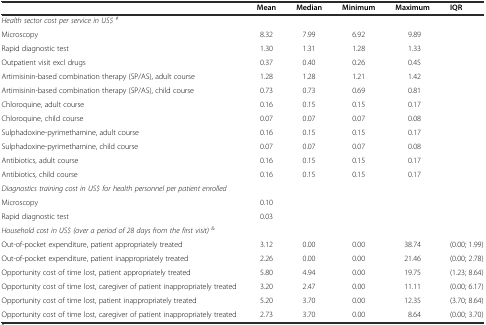
<table><thead><tr><td></td><td><b>Mean</b></td><td><b>Median</b></td><td><b>Minimum</b></td><td><b>Maximum</b></td><td><b>IQR</b></td></tr></thead><tbody><tr><td><i>Health sector cost per service in US$</i><sup><i>#</i></sup></td><td></td><td></td><td></td><td></td><td></td></tr><tr><td>Microscopy</td><td>8.32</td><td>7.99</td><td>6.92</td><td>9.89</td><td></td></tr><tr><td>Rapid diagnostic test</td><td>1.30</td><td>1.31</td><td>1.28</td><td>1.33</td><td></td></tr><tr><td>Outpatient visit excl drugs</td><td>0.37</td><td>0.40</td><td>0.26</td><td>0.45</td><td></td></tr><tr><td>Artimisinin-based combination therapy (SP/AS), adult course</td><td>1.28</td><td>1.28</td><td>1.21</td><td>1.42</td><td></td></tr><tr><td>Artimisinin-based combination therapy (SP/AS), child course</td><td>0.73</td><td>0.73</td><td>0.69</td><td>0.81</td><td></td></tr><tr><td>Chloroquine, adult course</td><td>0.16</td><td>0.15</td><td>0.15</td><td>0.17</td><td></td></tr><tr><td>Chloroquine, child course</td><td>0.07</td><td>0.07</td><td>0.07</td><td>0.08</td><td></td></tr><tr><td>Sulphadoxine-pyrimethamine, adult course</td><td>0.16</td><td>0.15</td><td>0.15</td><td>0.17</td><td></td></tr><tr><td>Sulphadoxine-pyrimethamine, child course</td><td>0.07</td><td>0.07</td><td>0.07</td><td>0.08</td><td></td></tr><tr><td>Antibiotics, adult course</td><td>0.16</td><td>0.15</td><td>0.15</td><td>0.17</td><td></td></tr><tr><td>Antibiotics, child course</td><td>0.16</td><td>0.15</td><td>0.15</td><td>0.17</td><td></td></tr><tr><td colspan="2"><i>Diagnostics training cost in US$ for health personnel per patient enrolled</i></td><td></td><td></td><td></td><td></td></tr><tr><td>Microscopy</td><td>0.10</td><td></td><td></td><td></td><td></td></tr><tr><td>Rapid diagnostic test</td><td>0.03</td><td></td><td></td><td></td><td></td></tr><tr><td colspan="2"><i>Household cost in US$ (over a period of 28 days from the first visit) </i><sup>&amp;</sup></td><td></td><td></td><td></td><td></td></tr><tr><td>Out-of-pocket expenditure, patient appropriately treated</td><td>3.12</td><td>0.00</td><td>0.00</td><td>38.74</td><td>(0.00; 1.99)</td></tr><tr><td>Out-of-pocket expenditure, patient inappropriately treated</td><td>2.26</td><td>0.00</td><td>0.00</td><td>21.46</td><td>(0.00; 2.78)</td></tr><tr><td>Opportunity cost of time lost, patient appropriately treated</td><td>5.80</td><td>4.94</td><td>0.00</td><td>19.75</td><td>(1.23; 8.64)</td></tr><tr><td>Opportunity cost of time lost, caregiver of patient inappropriately treated</td><td>3.20</td><td>2.47</td><td>0.00</td><td>11.11</td><td>(0.00; 6.17)</td></tr><tr><td>Opportunity cost of time lost, patient inappropriately treated</td><td>5.20</td><td>3.70</td><td>0.00</td><td>12.35</td><td>(3.70; 8.64)</td></tr><tr><td>Opportunity cost of time lost, caregiver of patient inappropriately treated</td><td>2.73</td><td>3.70</td><td>0.00</td><td>8.64</td><td>(0.00; 3.70)</td></tr></tbody></table>